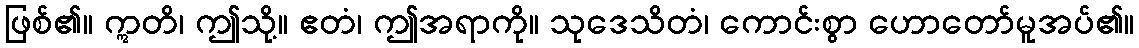
ဖြစ်၏။ ဣတိ၊ ဤသို့။ ဧတံ၊ ဤအရာကို။ သုဒေသိတံ၊ ကောင်းစွာ ဟောတော်မူအပ်၏။